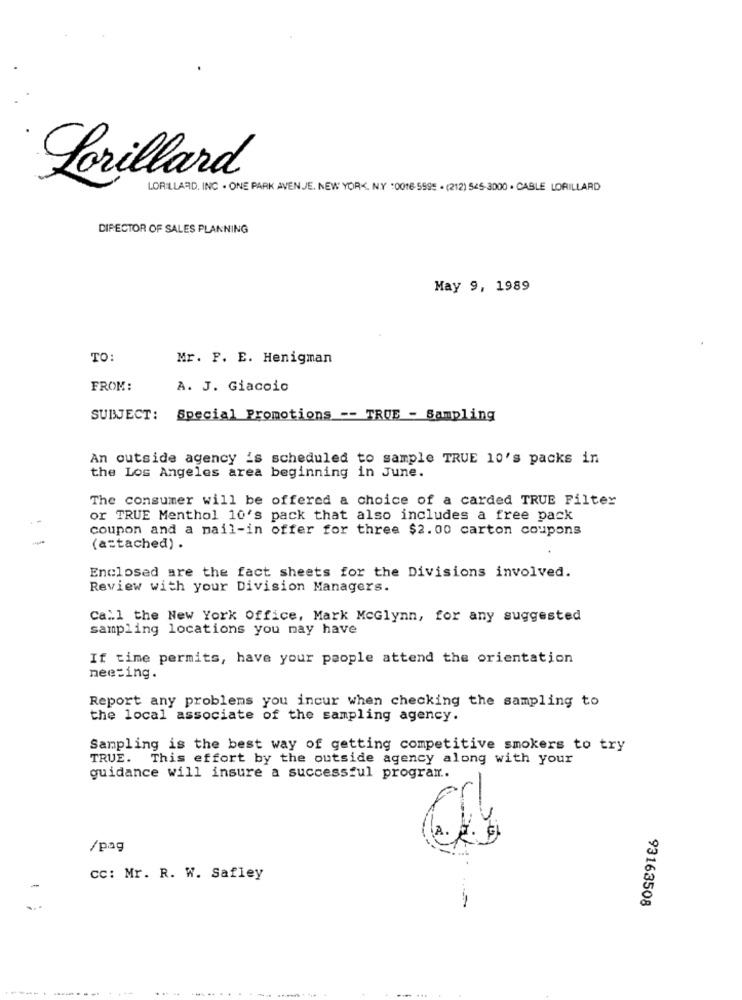
Lorillard
LORILLARD, INC . ONE PARK AVEN JE. NEW YORK, NY :0016- 5995 - (212) 545-3000 . CABLE LORILLARD
DIRECTOR OF SALES PLANNING
May 9, 1989
TO:
Mr. P. E. Henigman
FROM:
A. J. Giacoio
SUBJECT:
Special Promotions -- TROE - Sampling
An outside agency is scheduled to sample TRUE 10's packs in
the Los Angeles area beginning in June.
The consumer will be offered a choice of a carded TRUE Filter
or TRUE Menthol 10's pack that also includes a free pack
coupon and a mail-in offer for three $2.00 carton coupons
(a=tached) .
Enclosed are the fact sheets for the Divisions involved.
Review with your Division Managers.
Call the New York Office, Mark McGlynn, for any suggested
sampling locations you may have
If time permits, have your people attend the orientation
meeting.
Report any problems you incur when checking the sampling to
the local associate of the sampling agency.
Sampling is the best way of getting competitive smokers to try
TRUE. This effort by the outside agency along with your
guidance will insure a successful program ..
/pag
CC: Mr. R. W. Safley
93163508
...
---